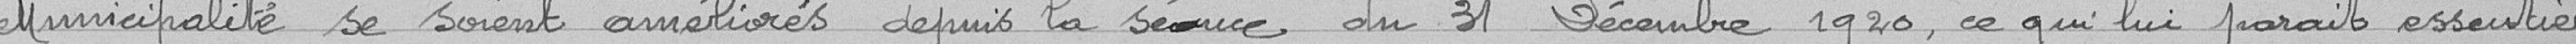
municipalité se soient améliorés depuis la séance du 31 décembre 1920, ce qui lui paraît essentiel.